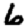
Digit: 6